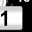
Digit: 1